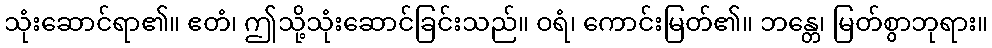
သုံးဆောင်ရာ၏။ ဧတံ၊ ဤသို့သုံးဆောင်ခြင်းသည်။ ဝရံ၊ ကောင်းမြတ်၏။ ဘန္တေ၊ မြတ်စွာဘုရား။